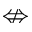
\nLeftrightarrow